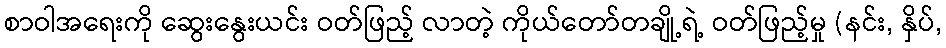
စာဝါအရေးကို ဆွေးနွေးယင်း ဝတ်ဖြည့် လာတဲ့ ကိုယ်တော်တချို့ရဲ့ ဝတ်ဖြည့်မှု (နင်း, နှိပ်,